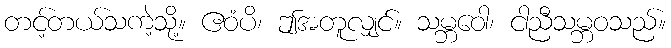
တင့်တယ်သကဲ့သို့။ ဧဝံပိ၊ ဤအတူလျှင်။ သမ္ဘဝေါ၊ ငါညီသမ္ဘဝသည်။